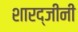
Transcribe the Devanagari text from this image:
शारद्जीनी